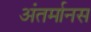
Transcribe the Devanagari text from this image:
अंतर्मानस